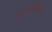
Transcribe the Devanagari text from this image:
अडकविल्या